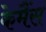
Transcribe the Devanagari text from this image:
केमैंस